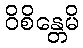
ဝိစိန္တေမိ